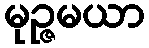
မုဉ္ဇမယာ